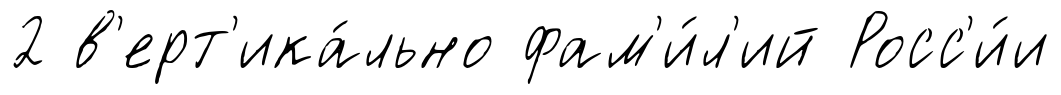
2 в'ерт'ика́льно фам'и́л'ий Росс'и́и